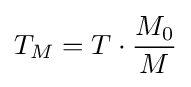
T_{M}=T\cdot {\frac {M_{0}}{M}}